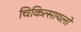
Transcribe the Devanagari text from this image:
चिकित्सायलों